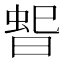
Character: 𭦳